Mental hospitals Bombay report 1921-28 - 1921-1928
Year: 1921
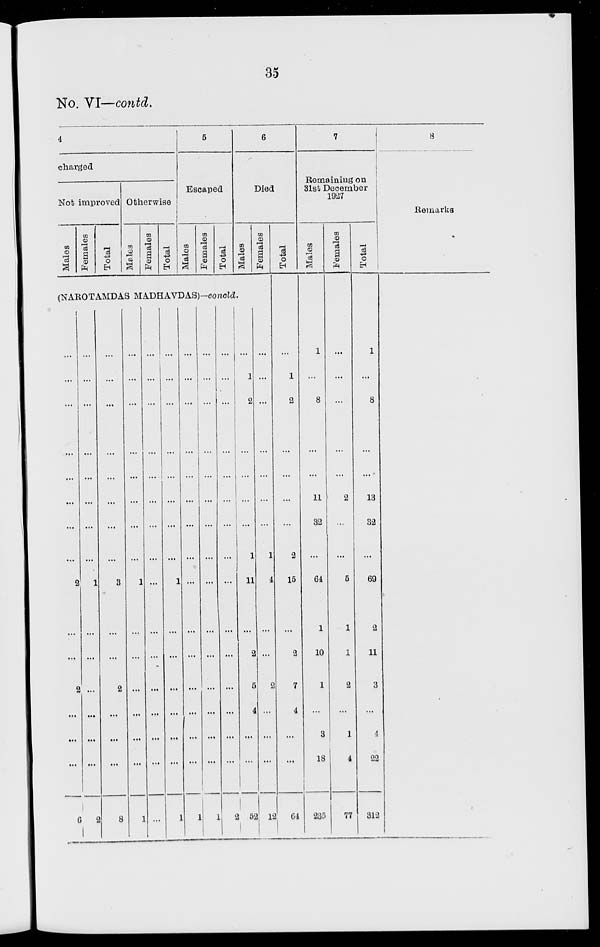
35
No. VI—contd.
4
charged
Not improved
Males
Females
Total
Otherwise
Males
Females
Total
5
Escaped
Males
Females
Total
6
Died
Males
(NAROTAMDAS MADHAVDAS)-concld.
...
...
...
...
...
...
...
...
2
...
...
2
...
...
...
6
...
...
...
...
...
...
...
...
1
...
...
...
...
...
...
2
...
...
...
...
...
...
...
...
3
...
...
2
...
...
...
8
...
...
...
...
...
...
...
...
1
...
...
...
...
...
...
1
...
...
...
...
...
...
...
...
...
...
...
...
...
...
...
...
...
...
...
...
...
...
...
...
1
...
...
...
...
...
...
1
...
...
...
...
...
...
...
...
...
...
...
...
...
...
...
1
...
...
...
...
...
...
...
...
...
...
...
...
...
...
...
1
...
...
...
...
...
...
...
...
...
...
...
...
...
...
...
2
...
1
2
...
...
...
...
1
11
...
2
5
4
...
...
52
Females
...
...
...
...
...
...
...
1
4
...
...
2
...
...
...
12
Total
...
1
2
...
...
...
...
2
15
...
2
7
4
...
...
64
7
Remaining on
31st December
1927
Males
1
...
8
...
...
11
32
...
64
1
10
1
...
3
18
235
Females
...
...
...
...
...
2
...
...
5
1
1
2
...
1
4
77
Total
1
...
8
...
...
13
32
...
69
2
11
3
...
4
22
312
8
Remarks